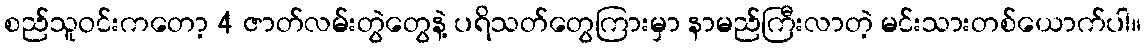
စည်သူဝင်းကတော့ 4 ဇာတ်လမ်းတွဲတွေနဲ့ ပရိသတ်တွေကြားမှာ နာမည်ကြီးလာတဲ့ မင်းသားတစ်ယောက်ပါ။